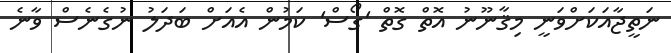
ނަތީޖާއަކަށްވަނީ މިޤާނޫނު އޮތް ގޮތް 'ގޯސް' ކަމުން އެއަށް ބަދަލު ނުގެނެސް ވާނެ